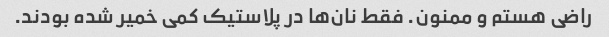
راضی هستم و ممنون. فقط نان‌ها در پلاستیک کمی خمیر شده بودند.